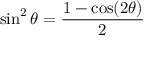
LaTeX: \sin ^ { 2 } \theta = { \frac { 1 - \cos ( 2 \theta ) } { 2 } }